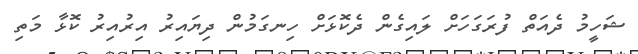
ޝަހީމު ދެއަތް ފުރަގަހަށް ލައިގެން ދެކޮޅަށް ހިނގަމުން ދިޔައިރު އިރުއިރު ކޮޅާ މަތި